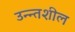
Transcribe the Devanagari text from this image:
उन्न्तशील